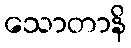
သောတာနိ